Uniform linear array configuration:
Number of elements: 24
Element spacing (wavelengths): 0.5
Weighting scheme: exponential
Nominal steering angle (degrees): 0
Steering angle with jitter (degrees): -0.5066
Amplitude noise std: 0.05
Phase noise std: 0.05

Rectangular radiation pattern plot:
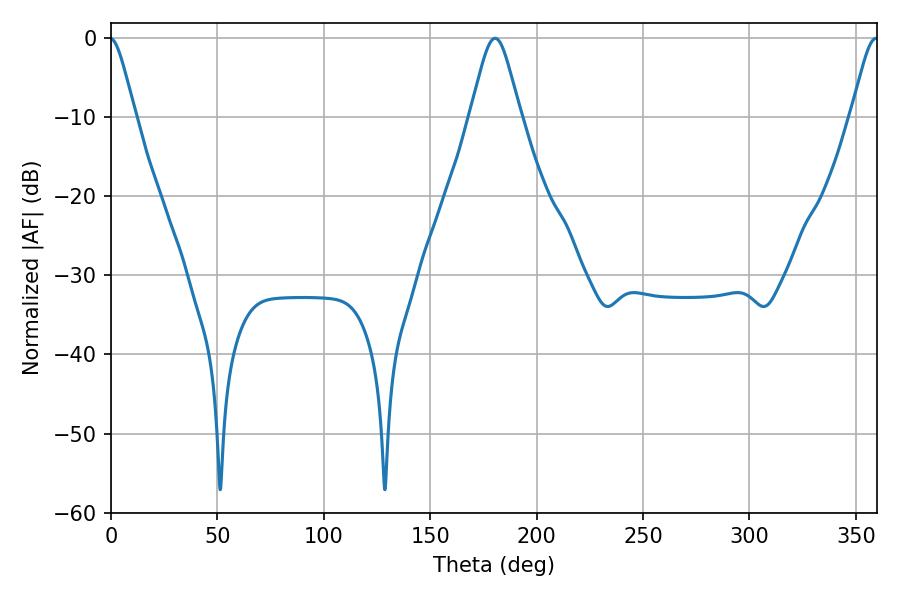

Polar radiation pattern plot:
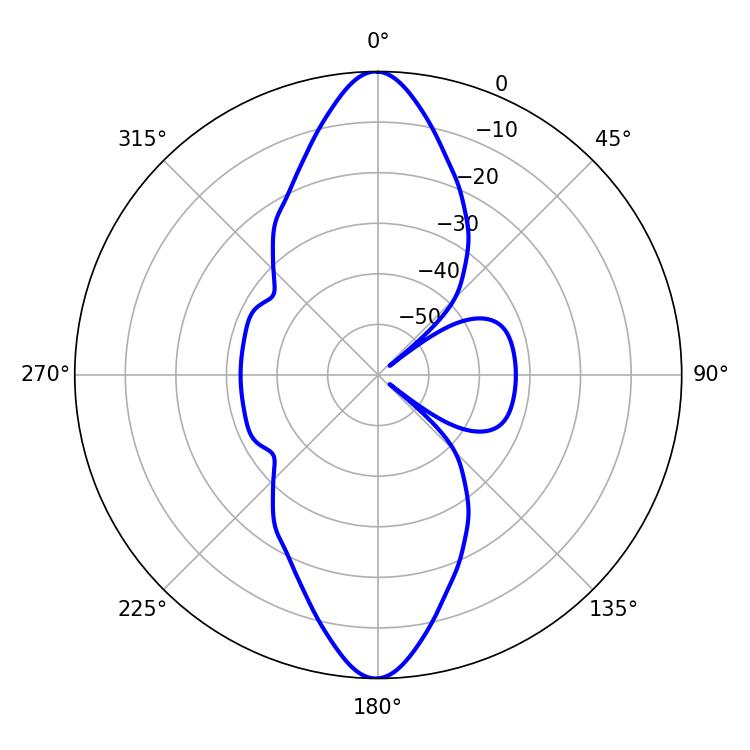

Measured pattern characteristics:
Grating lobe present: FALSE
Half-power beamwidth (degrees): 11.52
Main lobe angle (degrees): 180.54